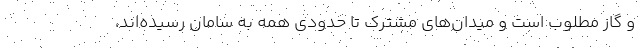
و گاز مطلوب است و میدان‌های مشترک تا حدودی همه به سامان رسیده‌اند،